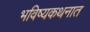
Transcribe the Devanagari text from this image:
भविष्यकथनात